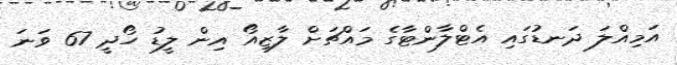
އަމިއްލަ ދަނޑުގައި އެޓްލާންޓާގެ މައްޗަށް ލާޒިއޯ އިން ލީޑު ހޯދީ 67 ވަނަ